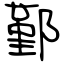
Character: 鄞